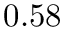
0 . 5 8